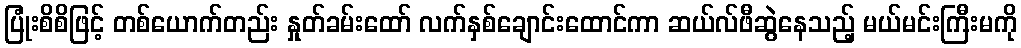
ပြုံးစိစိဖြင့် တစ်ယောက်တည်း နှုတ်ခမ်းထော် လက်နှစ်ချောင်းထောင်ကာ ဆယ်လ်ဖီဆွဲနေသည့် မယ်မင်းကြီးမကို